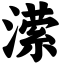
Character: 潆